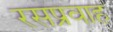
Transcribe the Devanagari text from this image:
रसप्रवाह